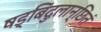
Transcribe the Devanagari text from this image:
षड्बिंदुलान्छितं